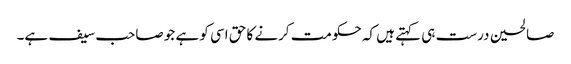
صالحین درست ہی کہتے ہیں کہ حکومت کرنے کا حق اسی کو ہے جو صاحب سیف ہے۔